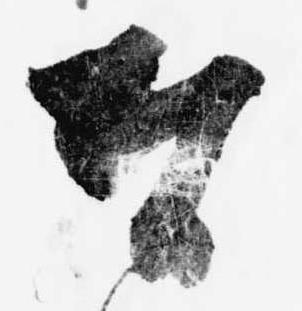
奉